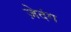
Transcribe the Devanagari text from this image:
ज़ेदंग